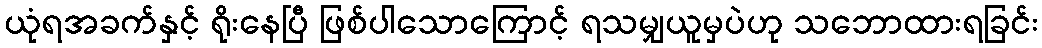
ယုံရအခက်နှင့် ရိုးနေပြီ ဖြစ်ပါသောကြောင့် ရသမျှယူမှပဲဟု သဘောထားရခြင်း